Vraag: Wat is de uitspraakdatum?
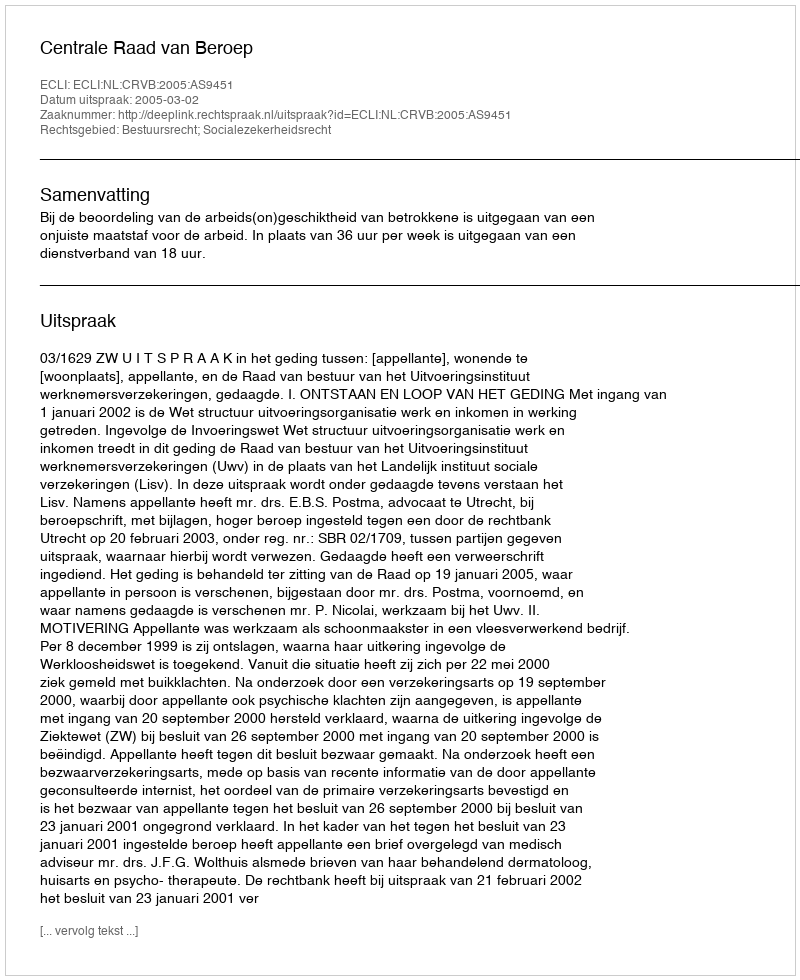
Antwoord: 2005-03-02